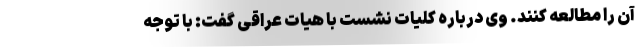
آن را مطالعه کنند. وی درباره کلیات نشست با هیات عراقی گفت: با توجه